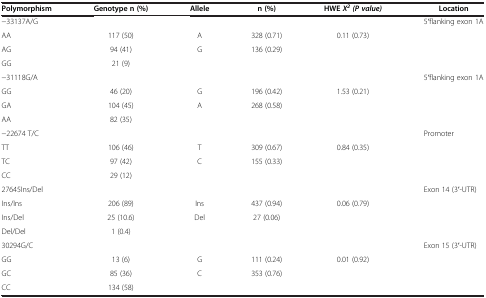
| Polymorphism | Genotype n (%) | Allele | n (%) | HWE X2 (P value) | Location |
 | --- | --- | --- | --- | --- | --- |
 | -33137A/G |  |  |  |  | 5′flanking exon 1A |
 | AA | 117 (50) | A | 328 (0.71) | 0.11 (0.73) | <ROWSPAN=3>  |
 | AG | 94 (41) | G | 136 (0.29) |  |
 | GG | 21 (9) |  |  |  |
 | -31118G/A |  |  |  |  | 5′flanking exon 1A |
 | GG | 46 (20) | G | 196 (0.42) | 1.53 (0.21) | <ROWSPAN=3>  |
 | GA | 104 (45) | A | 268 (0.58) |  |
 | AA | 82 (35) |  |  |  |
 | -22674 T/C |  |  |  |  | Promoter |
 | TT | 106 (46) | T | 309 (0.67) | 0.84 (0.35) | <ROWSPAN=3>  |
 | TC | 97 (42) | C | 155 (0.33) |  |
 | CC | 29 (12) |  |  |  |
 | 27645Ins/Del |  |  |  |  | Exon 14 (3′-UTR) |
 | Ins/Ins | 206 (89) | Ins | 437 (0.94) | 0.06 (0.79) | <ROWSPAN=3>  |
 | Ins/Del | 25 (10.6) | Del | 27 (0.06) |  |
 | Del/Del | 1 (0.4) |  |  |  |
 | 30294G/C |  |  |  |  | Exon 15 (3′-UTR) |
 | GG | 13 (6) | G | 111 (0.24) | 0.01 (0.92) | <ROWSPAN=2>  |
 | GC | 85 (36) | C | 353 (0.76) |  |
 | CC | 134 (58) |  |  |  |  |